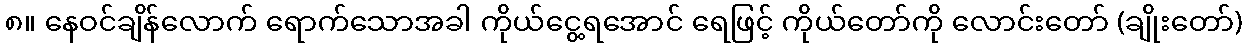
၈။ နေဝင်ချိန်လောက် ရောက်သောအခါ ကိုယ်ငွေ့ရအောင် ရေဖြင့် ကိုယ်တော်ကို လောင်းတော် (ချိုးတော်)